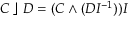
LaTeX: C \; \rfloor \; D = ( C \wedge ( D I ^ { - 1 } ) ) I